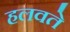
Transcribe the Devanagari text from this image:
हलवते